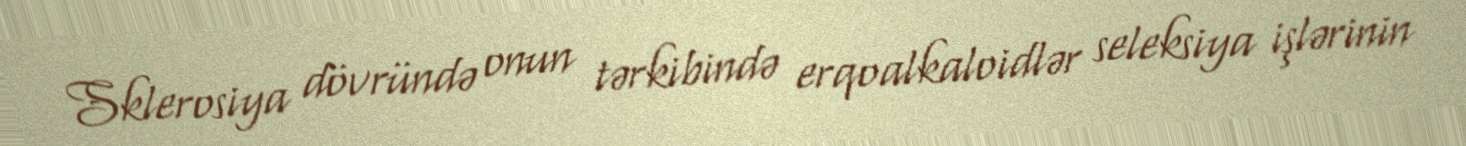
Sklerosiya dövründə onun tərkibində erqoalkaloidlər seleksiya işlərinin